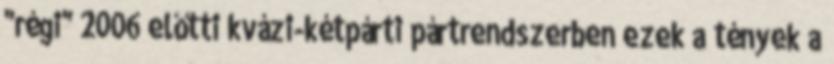
"régi" 2006 előtti kvázi-kétpárti pártrendszerben ezek a tények a